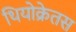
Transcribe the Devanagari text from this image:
थियोक्रेतस